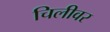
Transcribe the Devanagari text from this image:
चिलीवर